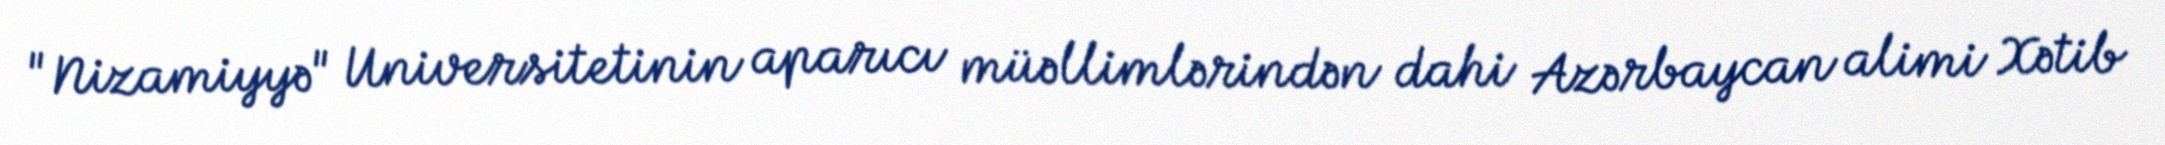
"Nizamiyyə" Universitetinin aparıcı müəllimlərindən dahi Azərbaycan alimi Xətib